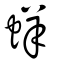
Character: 蛘